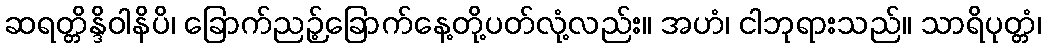
ဆရတ္တိန္ဒိဝါနိပိ၊ ခြောက်ညဉ့်ခြောက်နေ့တို့ပတ်လုံ့လည်း။ အဟံ၊ ငါဘုရားသည်။ သာရိပုတ္တံ၊